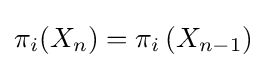
\pi _{i}(X_{n})=\pi _{i}\left(X_{n-1}\right)